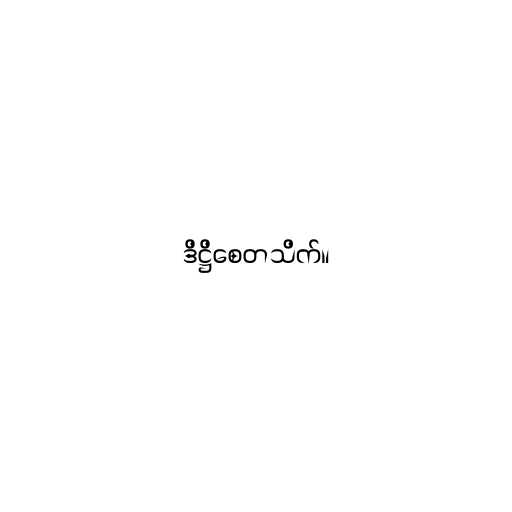
ဒိဋ္ဌိစေတသိက်။